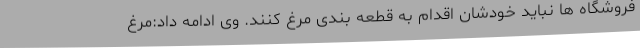
فروشگاه ها نباید خودشان اقدام به قطعه بندی مرغ کنند. وی ادامه داد:مرغ